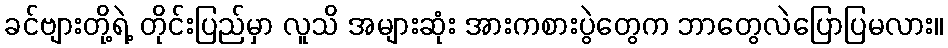
ခင်ဗျားတို့ရဲ့ တိုင်းပြည်မှာ လူသိ အများဆုံး အားကစားပွဲတွေက ဘာတွေလဲပြောပြမလား။